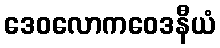
ဒေဝလောကဝေဒနီယံ